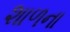
શાળના